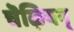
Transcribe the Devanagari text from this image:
चॆऴियन्